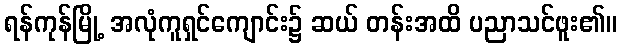
ရန်ကုန်မြို့ အလုံကူရှင်ကျောင်း၌ ဆယ် တန်းအထိ ပညာသင်ဖူး၏။